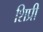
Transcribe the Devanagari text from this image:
शिप्री